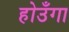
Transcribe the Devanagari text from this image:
होउँगा